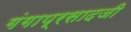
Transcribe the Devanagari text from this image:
गंगाप्रसादजी